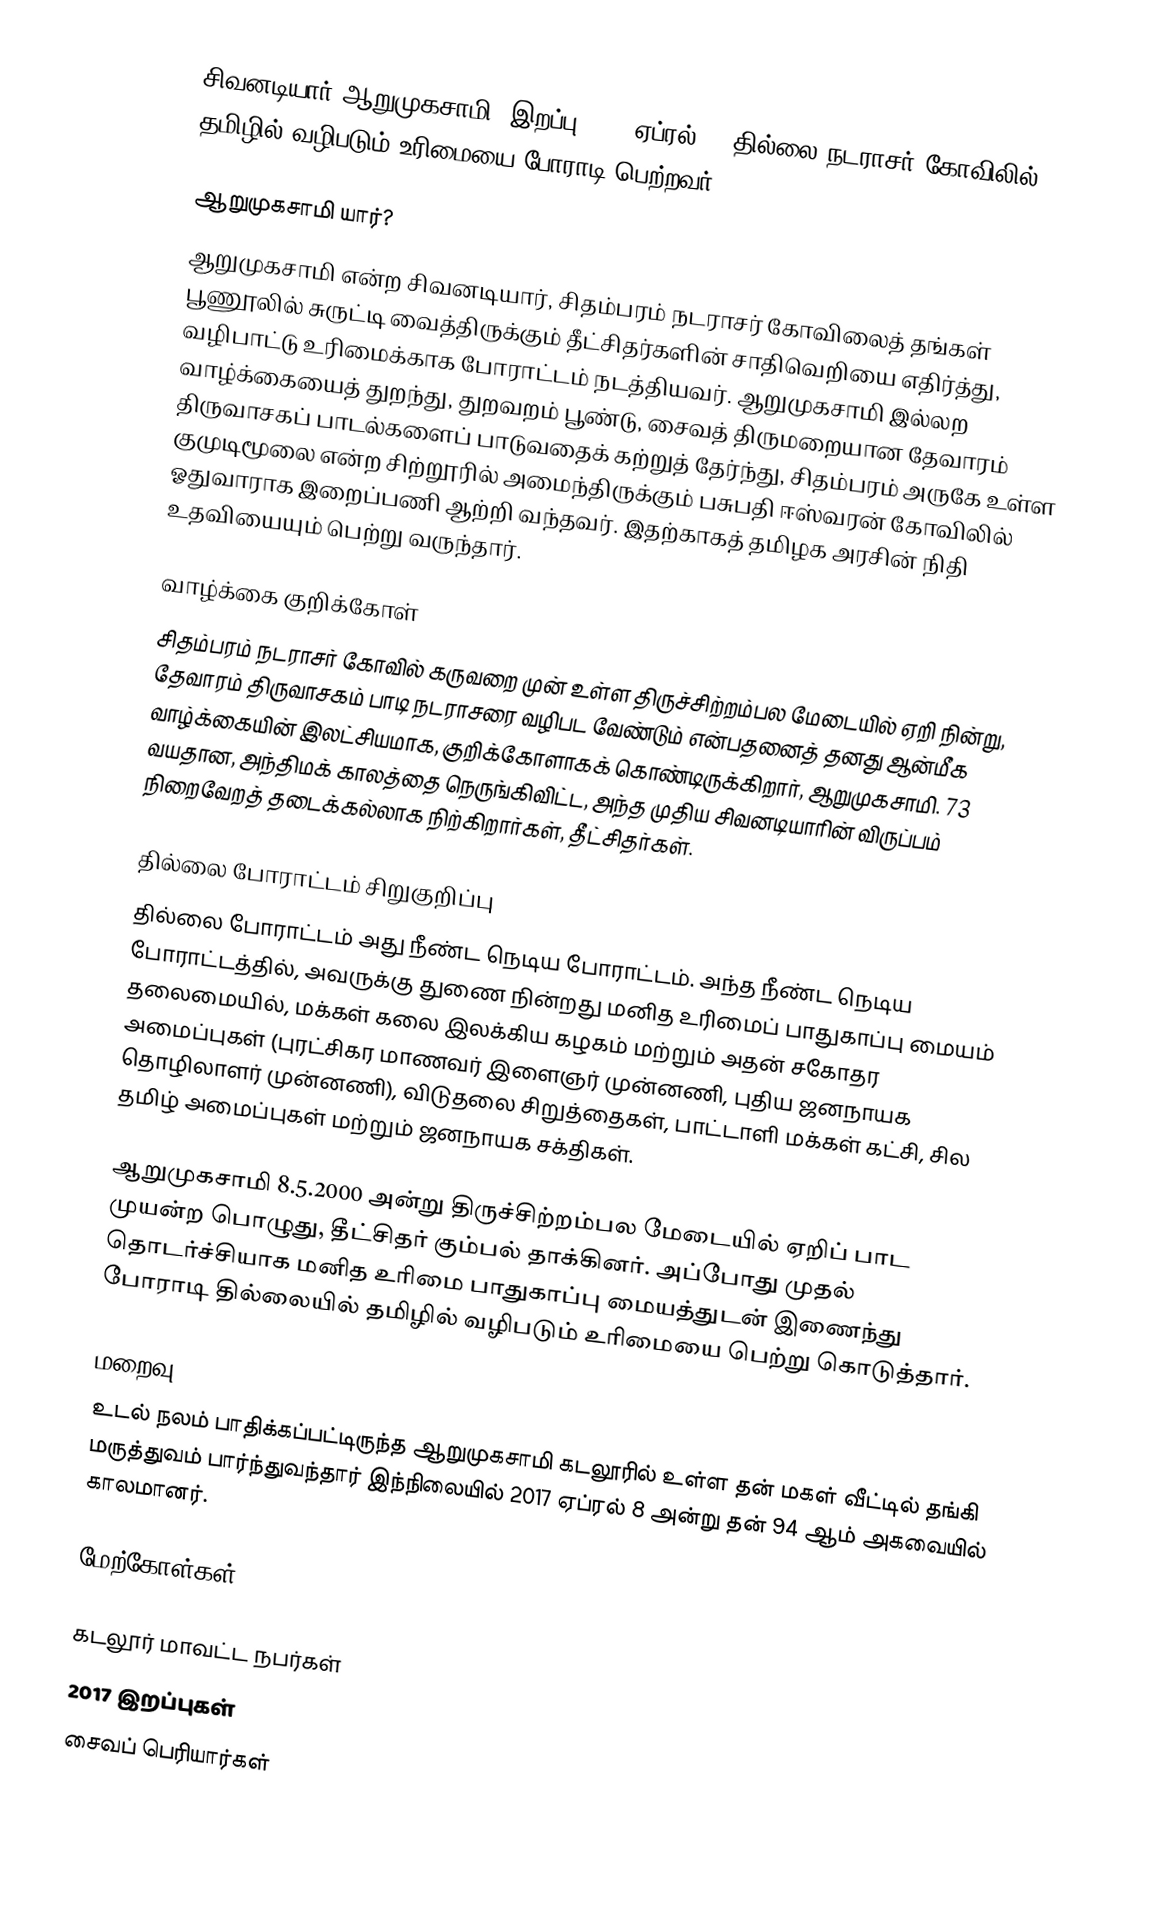
சிவனடியார் ஆறுமுகசாமி( இறப்பு 2017 ஏப்ரல் 8) தில்லை நடராசர் கோவிலில் தமிழில் வழிபடும் உரிமையை போராடி பெற்றவர்.

ஆறுமுகசாமி யார்?
ஆறுமுகசாமி என்ற சிவனடியார், சிதம்பரம் நடராசர் கோவிலைத் தங்கள் பூணூலில் சுருட்டி வைத்திருக்கும் தீட்சிதர்களின் சாதிவெறியை எதிர்த்து, வழிபாட்டு உரிமைக்காக போராட்டம் நடத்தியவர். ஆறுமுகசாமி இல்லற வாழ்க்கையைத் துறந்து, துறவறம் பூண்டு, சைவத் திருமறையான தேவாரம் திருவாசகப் பாடல்களைப் பாடுவதைக் கற்றுத் தேர்ந்து, சிதம்பரம் அருகே உள்ள குமுடிமூலை என்ற சிற்றூரில் அமைந்திருக்கும் பசுபதி ஈஸ்வரன் கோவிலில் ஓதுவாராக இறைப்பணி ஆற்றி வந்தவர். இதற்காகத் தமிழக அரசின் நிதி உதவியையும் பெற்று வருந்தார்.

வாழ்க்கை குறிக்கோள்
சிதம்பரம் நடராசர் கோவில் கருவறை முன் உள்ள திருச்சிற்றம்பல மேடையில் ஏறி நின்று, தேவாரம் திருவாசகம் பாடி நடராசரை வழிபட வேண்டும் என்பதனைத் தனது ஆன்மீக வாழ்க்கையின் இலட்சியமாக, குறிக்கோளாகக் கொண்டிருக்கிறார், ஆறுமுகசாமி. 73 வயதான, அந்திமக் காலத்தை நெருங்கிவிட்ட, அந்த முதிய சிவனடியாரின் விருப்பம் நிறைவேறத் தடைக்கல்லாக நிற்கிறார்கள், தீட்சிதர்கள்.

தில்லை போராட்டம் சிறுகுறிப்பு
தில்லை போராட்டம் அது நீண்ட நெடிய போராட்டம். அந்த நீண்ட நெடிய போராட்டத்தில்,  அவருக்கு துணை நின்றது மனித உரிமைப் பாதுகாப்பு மையம் தலைமையில், மக்கள் கலை இலக்கிய கழகம் மற்றும் அதன் சகோதர அமைப்புகள் (புரட்சிகர மாணவர் இளைஞர் முன்னணி, புதிய ஜனநாயக தொழிலாளர் முன்னணி), விடுதலை சிறுத்தைகள், பாட்டாளி மக்கள் கட்சி, சில தமிழ் அமைப்புகள்  மற்றும் ஜனநாயக சக்திகள்.

ஆறுமுகசாமி 8.5.2000 அன்று திருச்சிற்றம்பல மேடையில் ஏறிப் பாட முயன்ற பொழுது, தீட்சிதர் கும்பல் தாக்கினர். அப்போது முதல் தொடர்ச்சியாக மனித உரிமை பாதுகாப்பு மையத்துடன் இணைந்து போராடி தில்லையில் தமிழில் வழிபடும் உரிமையை பெற்று கொடுத்தார்.

மறைவு
உடல் நலம் பாதிக்கப்பட்டிருந்த ஆறுமுகசாமி கடலூரில் உள்ள தன் மகள் வீட்டில் தங்கி மருத்துவம் பார்ந்துவந்தார் இந்நிலையில் 2017 ஏப்ரல் 8 அன்று தன் 94 ஆம் அகவையில் காலமானர்.

மேற்கோள்கள்

கடலூர் மாவட்ட நபர்கள்
2017 இறப்புகள்
சைவப் பெரியார்கள்